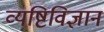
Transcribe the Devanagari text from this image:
व्यष्टिविज्ञान